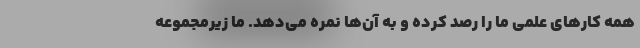
همه کارهای علمی ما را رصد کرده و به آن‌ها نمره می‌دهد. ما زیرمجموعه